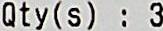
QTY(S) : 3